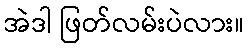
အဲဒါ ဖြတ်လမ်းပဲလား။